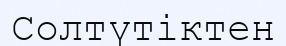
Солтүтіктен